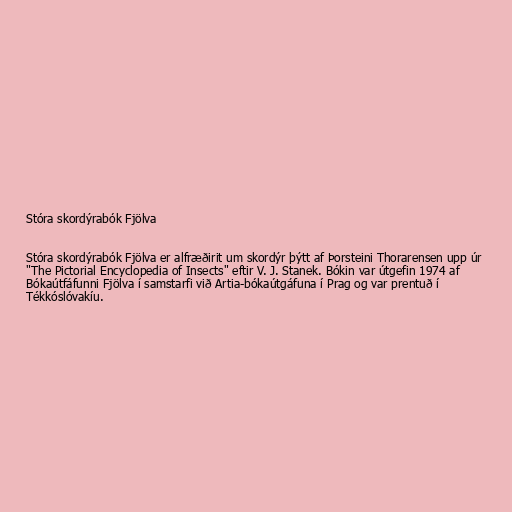
Stóra skordýrabók Fjölva

Stóra skordýrabók Fjölva er alfræðirit um skordýr þýtt af Þorsteini Thorarensen upp úr
"The Pictorial Encyclopedia of Insects" eftir V. J. Stanek. Bókin var útgefin 1974 af
Bókaútfáfunni Fjölva í samstarfi við Artia-bókaútgáfuna í Prag og var prentuð í
Tékkóslóvakíu.